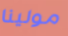
مولينا